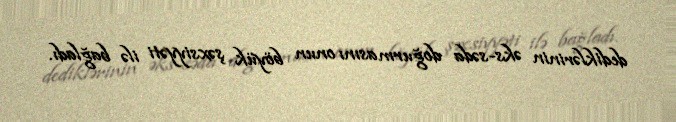
dediklərinin əks-səda doğurmasını onun böyük şəxsiyyəti ilə bağladı.